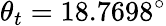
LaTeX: \theta_{t}=18.7698^{\circ}